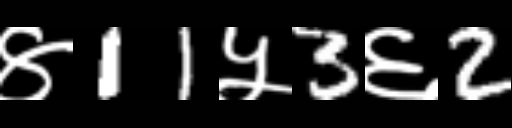
Text: ४11५3६2